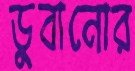
ডুবানোর